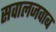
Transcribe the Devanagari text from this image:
सवालजवाब